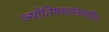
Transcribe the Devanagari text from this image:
ज्योतिषशास्त्रावरील